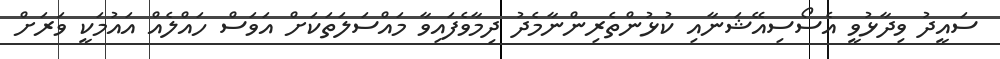
ސައީދު ވިދާޅުވީ އެސޯސިއޭޝަނާއި ކުޅުންތެރިންނާމެދު ދިމާވެފައިވާ މައްސަލަތަކަށް އަވަސް ހައްލެއް އައުމަކީ ވަރަށް